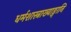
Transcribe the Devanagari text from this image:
धर्मशास्त्राख्याङ्गानि